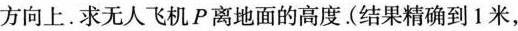
方向上。求无人飞机P离地面的高度。(结果精确到1米，